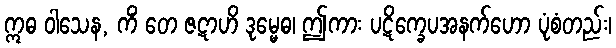
ဣဓ ဝါသေန, ကိံ တေ ဇဋာဟိ ဒုမ္မေဓ၊ ဤကား ပဋိက္ခေပအနက်ဟော ပုံစံတည်း၊